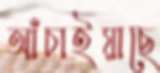
আঁচাইয়াছে